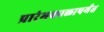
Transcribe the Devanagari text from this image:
प्रारंभकाळापर्यंत